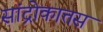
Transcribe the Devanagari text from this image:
सांद्रोकात्तस